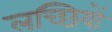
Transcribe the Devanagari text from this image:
लच्छियों